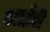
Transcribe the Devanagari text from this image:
भाईंची